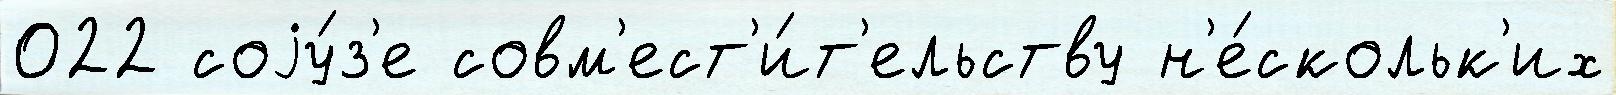
022 соjу́з'е совм'ест'и́т'ельству н'е́скольк'их